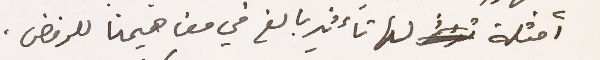
أمثلة لها تأثير بالغ في مفاهيمنا للرفض.